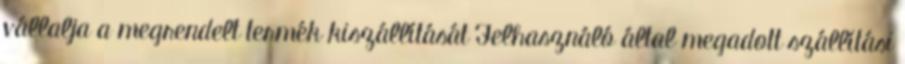
vállalja a megrendelt termék kiszállítását Felhasználó által megadott szállítási